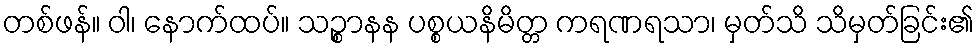
တစ်ဖန်။ ဝါ၊ နောက်ထပ်။ သဉ္စာနန ပစ္စယနိမိတ္တ ကရဏရသာ၊ မှတ်သိ သိမှတ်ခြင်း၏